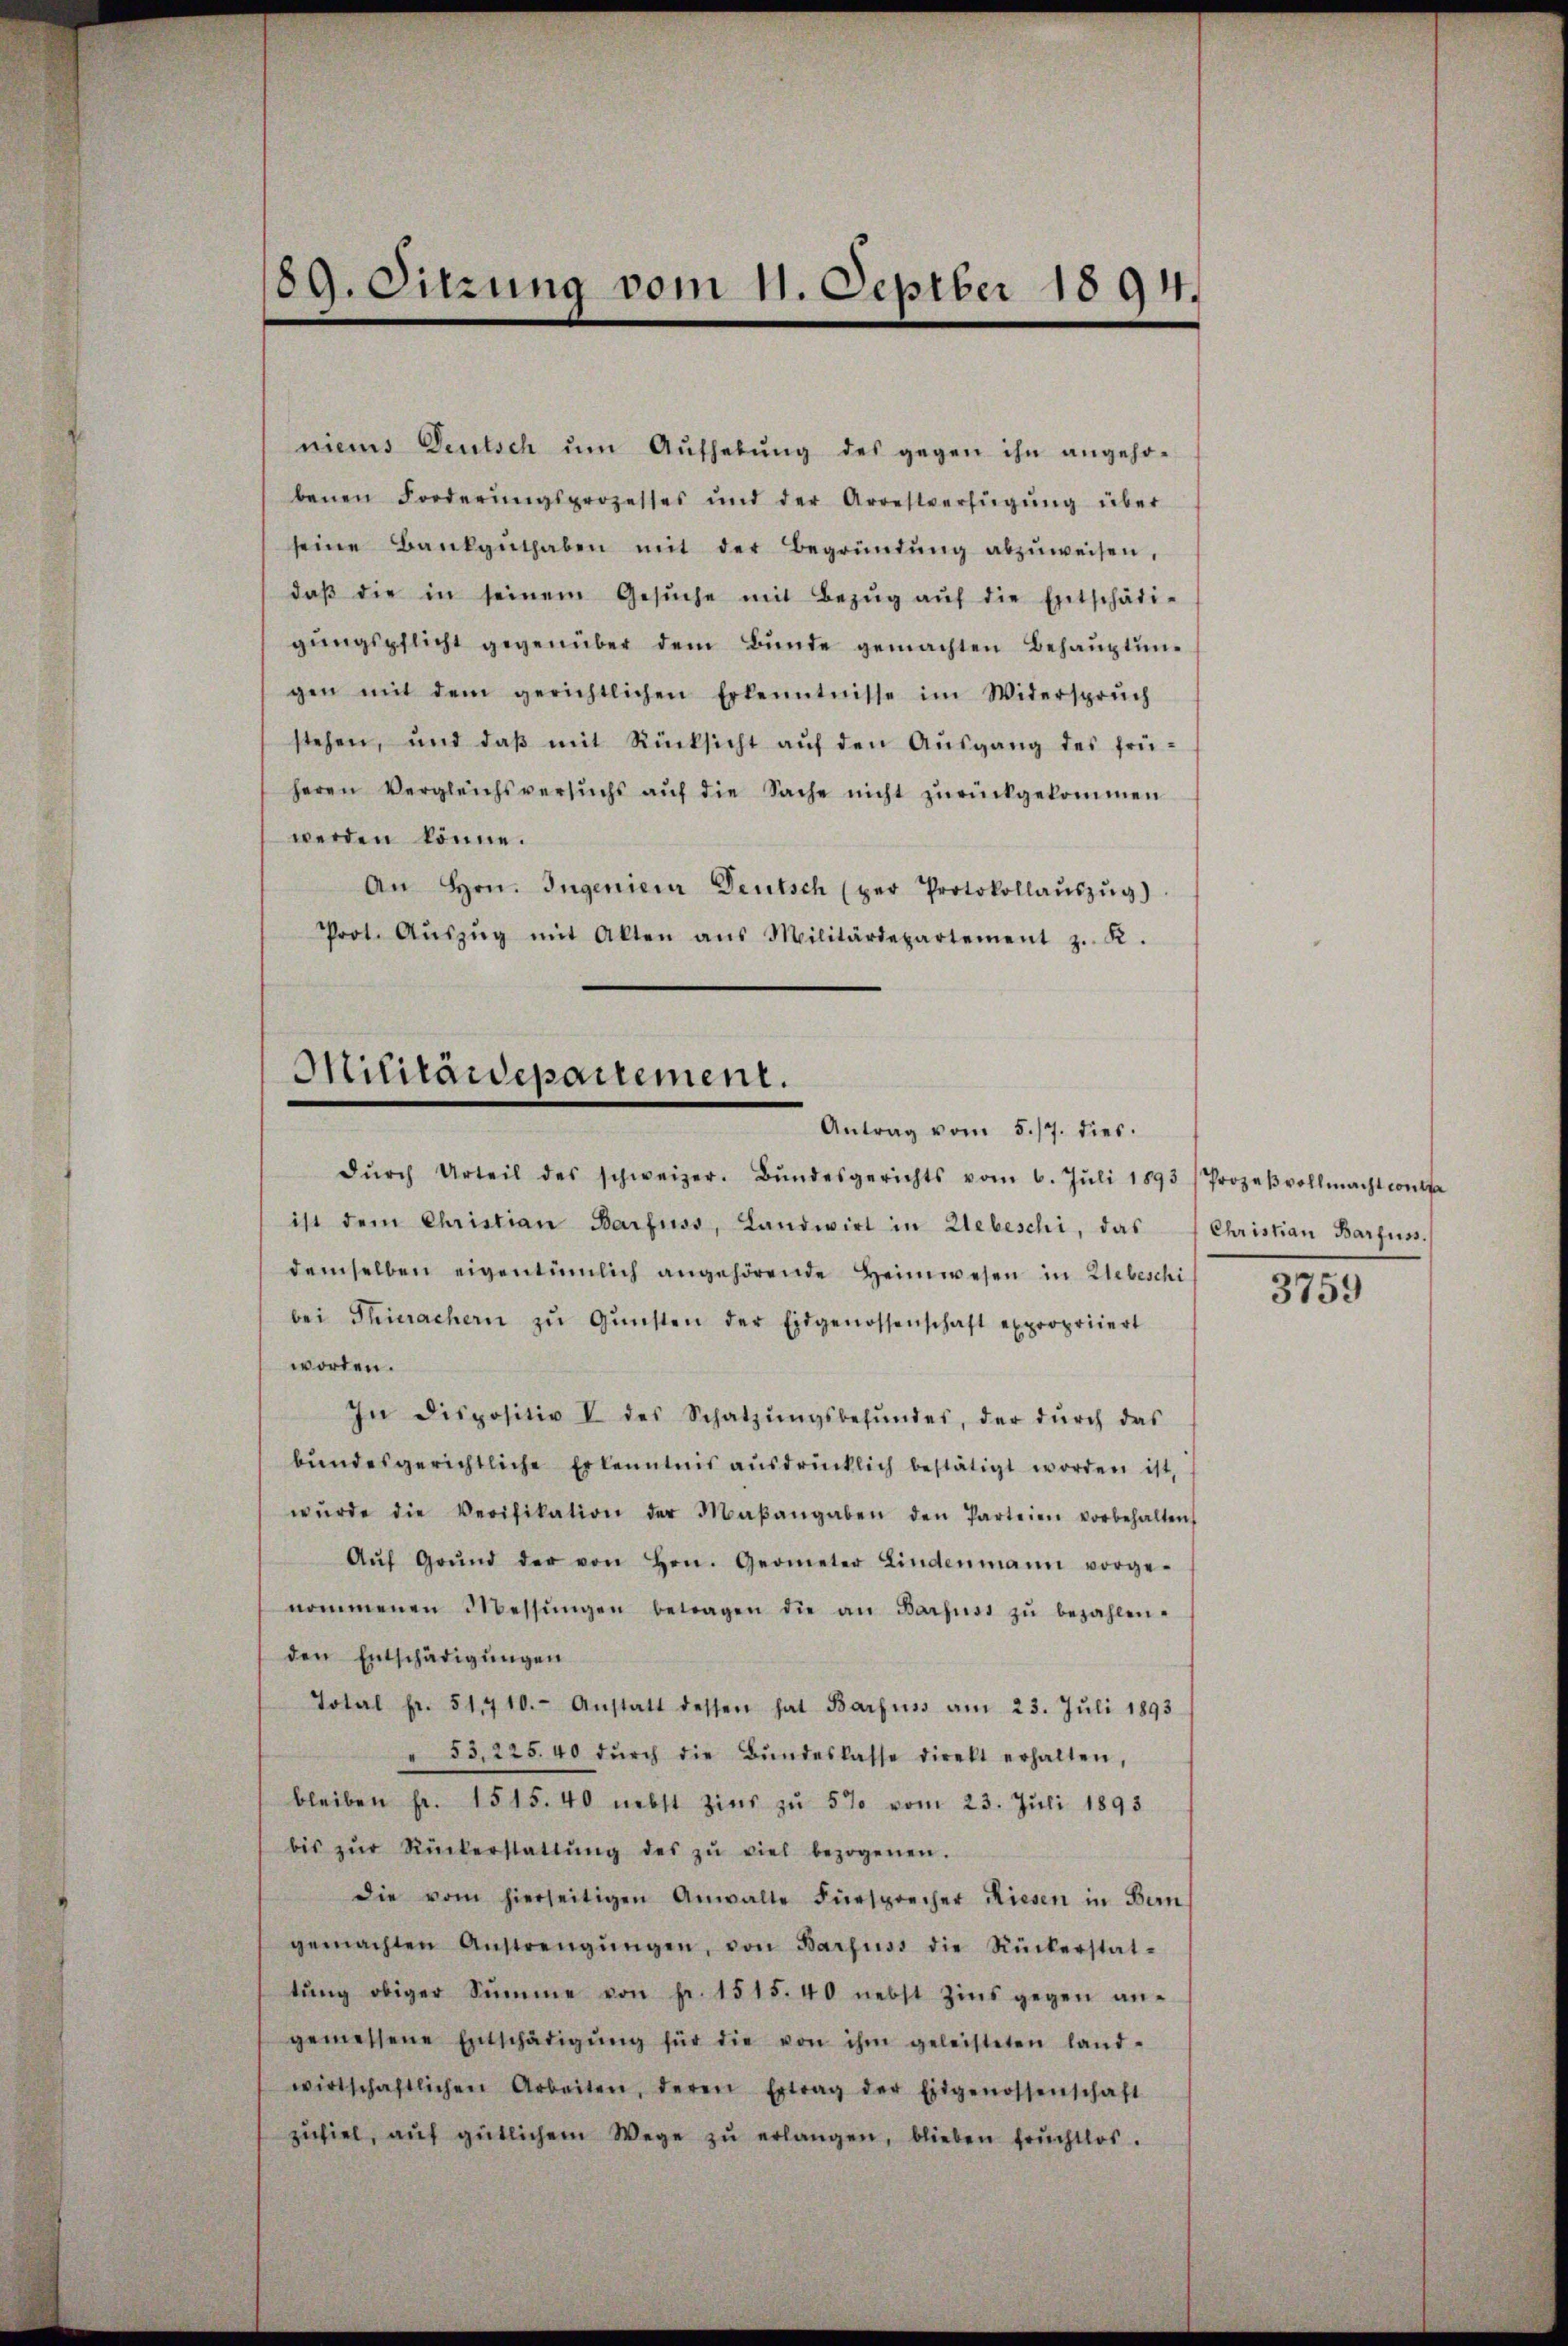
89. Sitzung vom 11. Septber 1894.

niens Deutsch ŭm Aŭfhebung des gegen ihn angehobenen Forderŭngsprozesses und der Arrestverfügŭng über
seine Bankgŭthaben mit der Begründŭng abzŭweisen,
daβ die in seinem Gesŭche mit Bezŭg aŭf die Entschädi-
gŭngspflicht gegenüber dem Bŭnde gemachten Behauptungen mit dem gerichtlichen Erkenntnisse im Widersprŭch
stehen, und daβ mit Rücksicht aŭf den Aŭsgang des frü-
heren Vergleichsversuchs aŭf die Sache nicht zŭrückgekommen
werden könne.
An Hrn. Ingenieur Deutsch (per Protokollaŭszŭg)
Prot. Aŭszŭg mit Akten ans Militärdepartement z. K.

Militärdepartement.
Antrag vom 5./7. dies.

dŭrch Urteil des schweizer. Bŭndesgerichts vom 6. Jŭli 1893/ Prozeβvollmacht contra
ist dem Christian Barfuss, Landwirt in Webeschi, das Christian Barfuss.
demselben eigentümlich angehörende Heimwesen in Liebeschi
bei Thierachern zŭ Gŭnsten der Eidgenossenschaft expropriiert
worden.
In dispositiv V des Schatzŭngsbefŭndes, der dŭrch das
bundesgerichtliche Erkenntnis ausdrücklich bestätigt worden ist,
wŭrde die Verifikation der Maβangaben den Parteien vorbehalten,
Aŭf Grŭnd der von Hrn. Geometer Lindenmann vorge-
nommenen Messŭngen betragen die an Barfuss zŭ bezahlen.
den Entschädigungen
Total fr. 51410. Anstatt dessen hat Barfuss am 23. Juli 1893
" 53, 225. 40 dŭrch die Bŭndeskasse direkt erhalten,
bleiben fr. 1515.40 nebst Zins zŭ 5% vom 23. Juli 1893
bis zŭr Rückerstattŭng des zŭ viel bezogenen.
die vom hierseitigen Anwalte Fürsprecher Riesen in Bern
gemachten Anstrengŭngen, von Barfuss die Rückerstat-
tŭng obiger Summe von Fr. 1515.40 nebst Zins gegen an-
gemessene Entschädigŭng für die von ihm geleisteten land-
wirtschaftlichen Arbeiten, deren Ertrag der Eidgenossenschaft
zŭfiel, aŭf gütlichem Wege zŭ erlangen, blieben fruchtlos.

3759